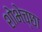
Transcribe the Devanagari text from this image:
शोभेच्छा